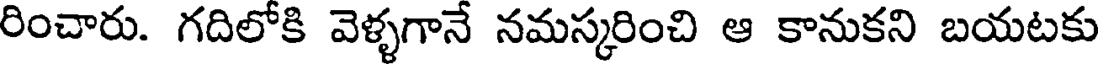
రించారు. గదిలోకి వెళ్ళగానే నమస్కరించి ఆ కానుకని బయటకు